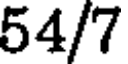
54/7